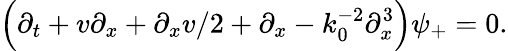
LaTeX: \Bigl(\partial_{t}+v\partial_{x}+\partial_{x}v/2+\partial_{x}-k_{0}^{-2}\partial_{x}^{3}\Bigr)\psi_{+}=0.